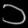
Digit: ၁